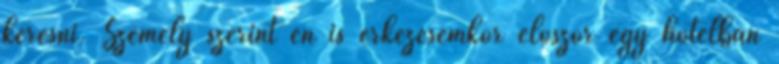
keresni. Személy szerint én is érkezésemkor először egy hotelban